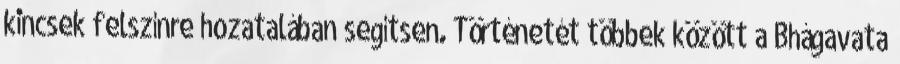
kincsek felszínre hozatalában segítsen. Történetét többek között a Bhágavata